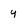
Character: y